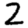
Digit: 2